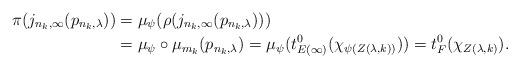
LaTeX: \begin{align*}\pi(j_{n_k,\infty}(p_{n_k,\lambda})) &= \mu_\psi(\rho(j_{n_k, \infty}(p_{n_k,\lambda})))\\ &= \mu_\psi \circ \mu_{m_k} (p_{n_k,\lambda}) = \mu_\psi(t_{E(\infty)}^0 (\chi_{\psi(Z(\lambda, k))})) = t_F^0(\chi_{Z(\lambda, k)}).\end{align*}